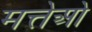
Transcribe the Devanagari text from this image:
मत्तेओ